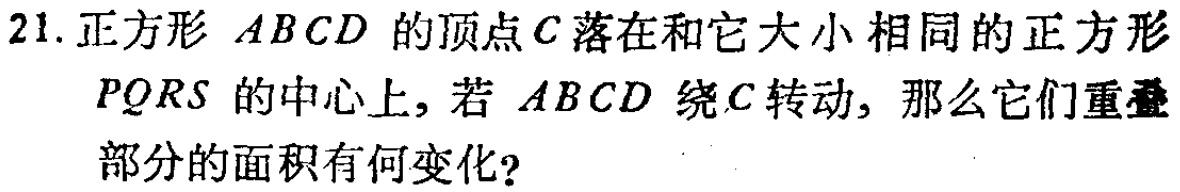
21. 正方形 \(ABCD\) 的顶点 \(C\) 落在和它大小相同的正方形 \(PQRS\) 的中心上，若 \(ABCD\) 绕 \(C\) 转动，那么它们重叠部分的面积有何变化？